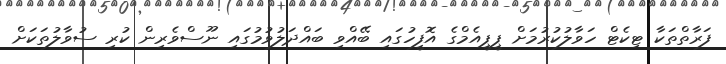
ފަރާތްތަކާ ޓިކެޓް ހަވާލުކުރުމަށް ޕީޕީއެމްގެ އޮފީހުގައި ބޭއްވި ބައްދަލުވުމުގައި ނޫސްވެރިން ކުރި ސުވާލުތަކަށް